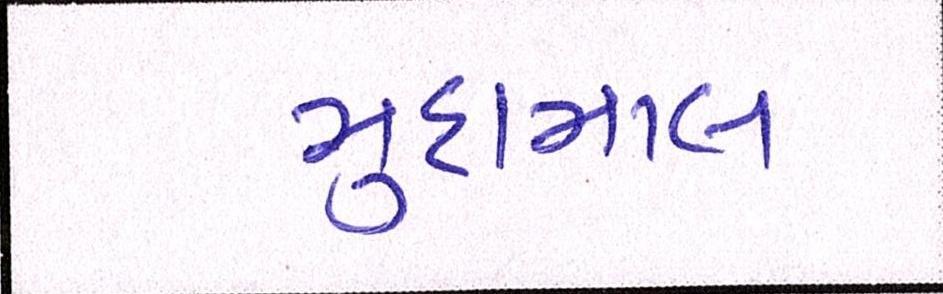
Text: મુદામાલ